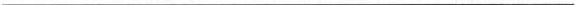
___